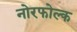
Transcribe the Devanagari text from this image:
नोरफोल्क